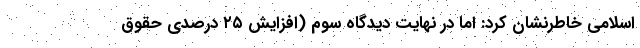
اسلامی خاطرنشان کرد: اما در نهایت دیدگاه سوم (افزایش ۲۵ درصدی حقوق